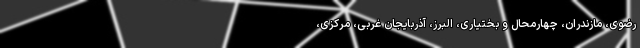
رضوی، مازندران، چهارمحال و بختیاری، البرز، آذربایجان غربی، مرکزی،